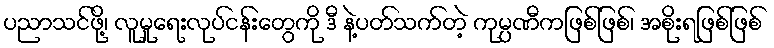
ပညာသင်ဖို့၊ လူမှုရေးလုပ်ငန်းတွေကို ဒီ နဲ့ပတ်သက်တဲ့ ကုမ္ပဏီကဖြစ်ဖြစ်၊ အစိုးရဖြစ်ဖြစ်